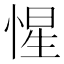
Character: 惺